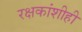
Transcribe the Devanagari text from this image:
रक्षकांशीही